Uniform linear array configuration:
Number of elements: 48
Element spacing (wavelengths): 1
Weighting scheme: hann
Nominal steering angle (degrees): -60
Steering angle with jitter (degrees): -58.447
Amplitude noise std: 0.05
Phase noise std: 0.05

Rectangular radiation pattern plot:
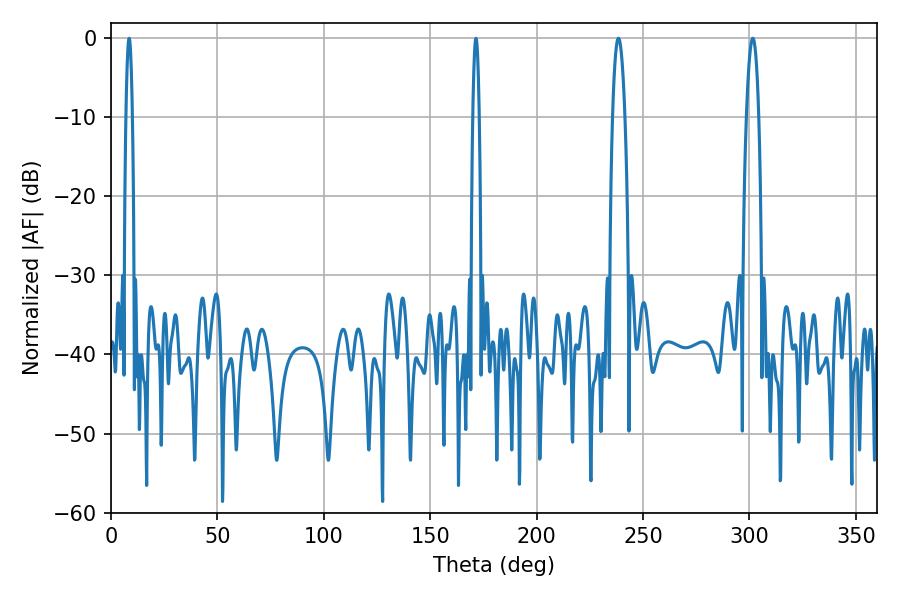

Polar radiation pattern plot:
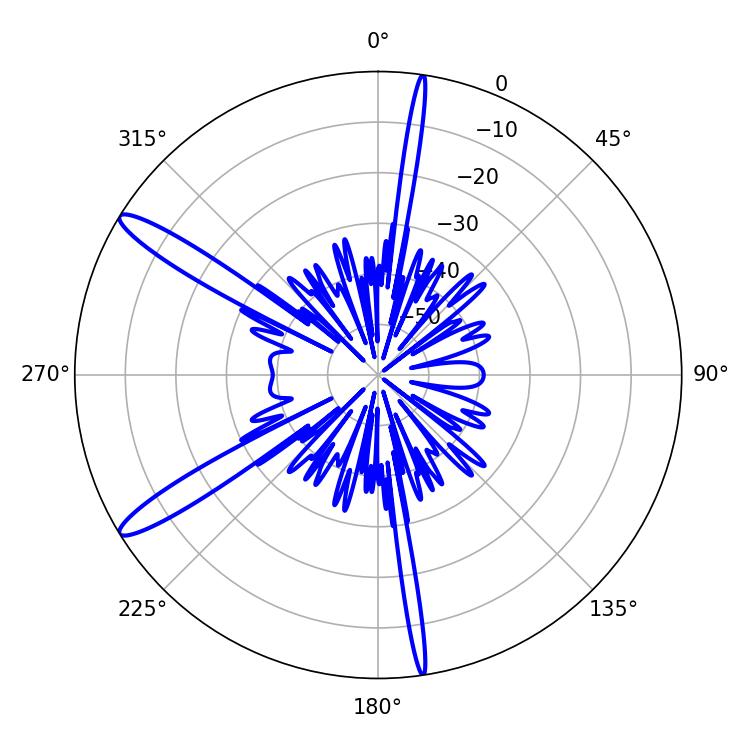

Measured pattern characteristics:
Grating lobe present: TRUE
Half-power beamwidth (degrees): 3.24
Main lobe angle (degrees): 301.5